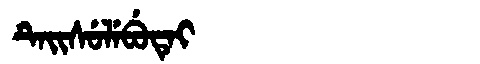
Manchu: ᡨᡝᡳᠰᡠᠯᡝᠪᡠᡨᡝᡳ
Romanization: TEISULEBUTEI